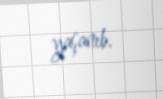
yaşanıb.